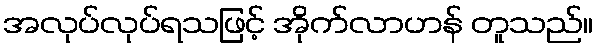
အလုပ်လုပ်ရသဖြင့် အိုက်လာဟန် တူသည်။